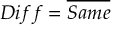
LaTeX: D i f f = { \overline { { S a m e } } }